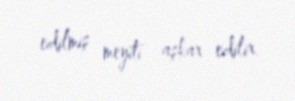
edilmiş meyiti aşkar edilir.